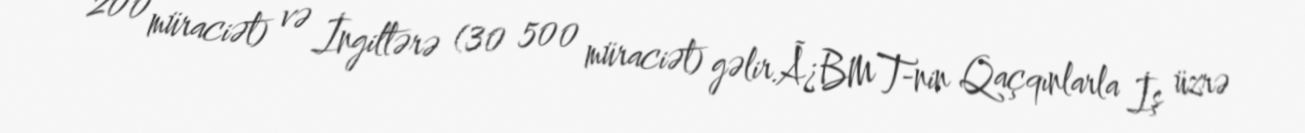
200 müraciət) və İngiltərə (30 500 müraciət) gəlir.Ã¿BMT-nin Qaçqınlarla İş üzrə